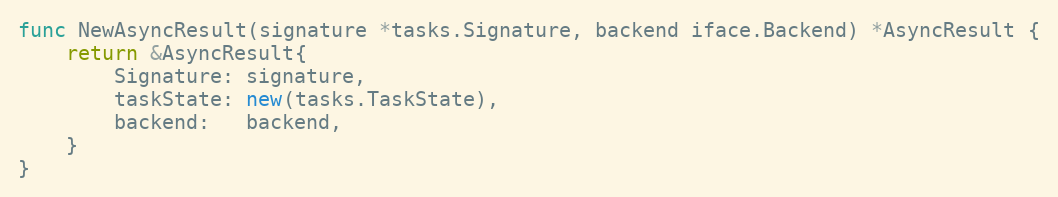
Language: Go
func NewAsyncResult(signature *tasks.Signature, backend iface.Backend) *AsyncResult {
	return &AsyncResult{
		Signature: signature,
		taskState: new(tasks.TaskState),
		backend:   backend,
	}
}